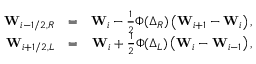
\begin{array} { r l r } { \mathbf { W } _ { i - 1 / 2 , R } } & { = } & { \mathbf { W } _ { i } - \frac { 1 } { 2 } \Phi ( \boldsymbol \Delta _ { R } ) \left( \mathbf { W } _ { i + 1 } - \mathbf { W } _ { i } \right) , } \\ { \mathbf { W } _ { i + 1 / 2 , L } } & { = } & { \mathbf { W } _ { i } + \frac { 1 } { 2 } \Phi ( \boldsymbol \Delta _ { L } ) \left( \mathbf { W } _ { i } - \mathbf { W } _ { i - 1 } \right) , } \end{array}